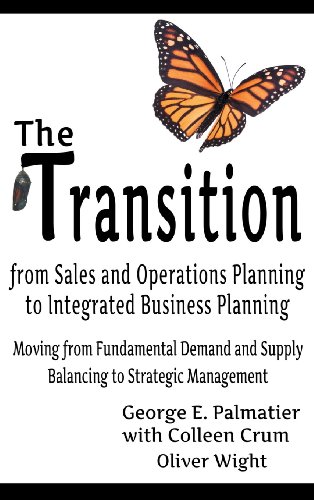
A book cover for The Transition from Sales and Operations Planning to Integrated Business Planning; George E. Palmatier; Business & Money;